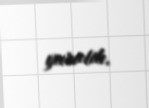
yaratdı.